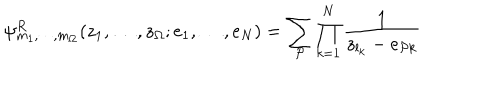
\psi _ { m _ { 1 } , \cdots , m _ { \Omega } } ^ { R } ( z _ { 1 } , \dots , z _ { \Omega } ; e _ { 1 } , \dots , e _ { N } ) = \sum _ { \cal P } \prod _ { k = 1 } ^ { N } \frac { 1 } { z _ { l _ { k } } - e _ { { \cal P } k } }